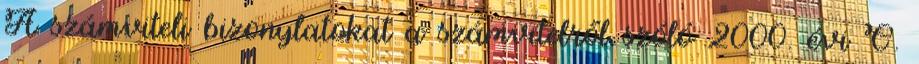
A számviteli bizonylatokat a számvitelről szóló 2000. évi C.